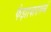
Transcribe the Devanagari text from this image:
फैझाबादमध्ये